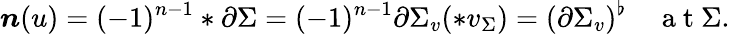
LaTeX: \boldsymbol{n}(u)=(-1)^{n-1}\ast\partial\Sigma=(-1)^{n-1}\partial\Sigma_{v}(\ast v_{\Sigma})=(\partial\Sigma_{v})^{\flat}\quad\mathrm{~a~t~}\Sigma.